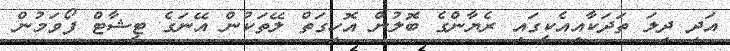
އަދި ދިލަ ތަދަކާއިއެކީގައި ރެޔާންގެ ބޮލުން އޮހިގަތް ލޭތަކުން އޭނަގެ ޓީޝާޓް ފޯވަމުން